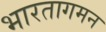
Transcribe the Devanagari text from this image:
भारतागमन